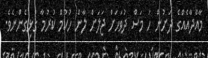
މާއްދާއެއްގެ ދަށުން ހަ މަސް ދުވަހަށް ޖަލަށް ލާން ހުކުމް ކުރުމާ ގުޅިގެންނެވެ.